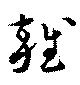
雜